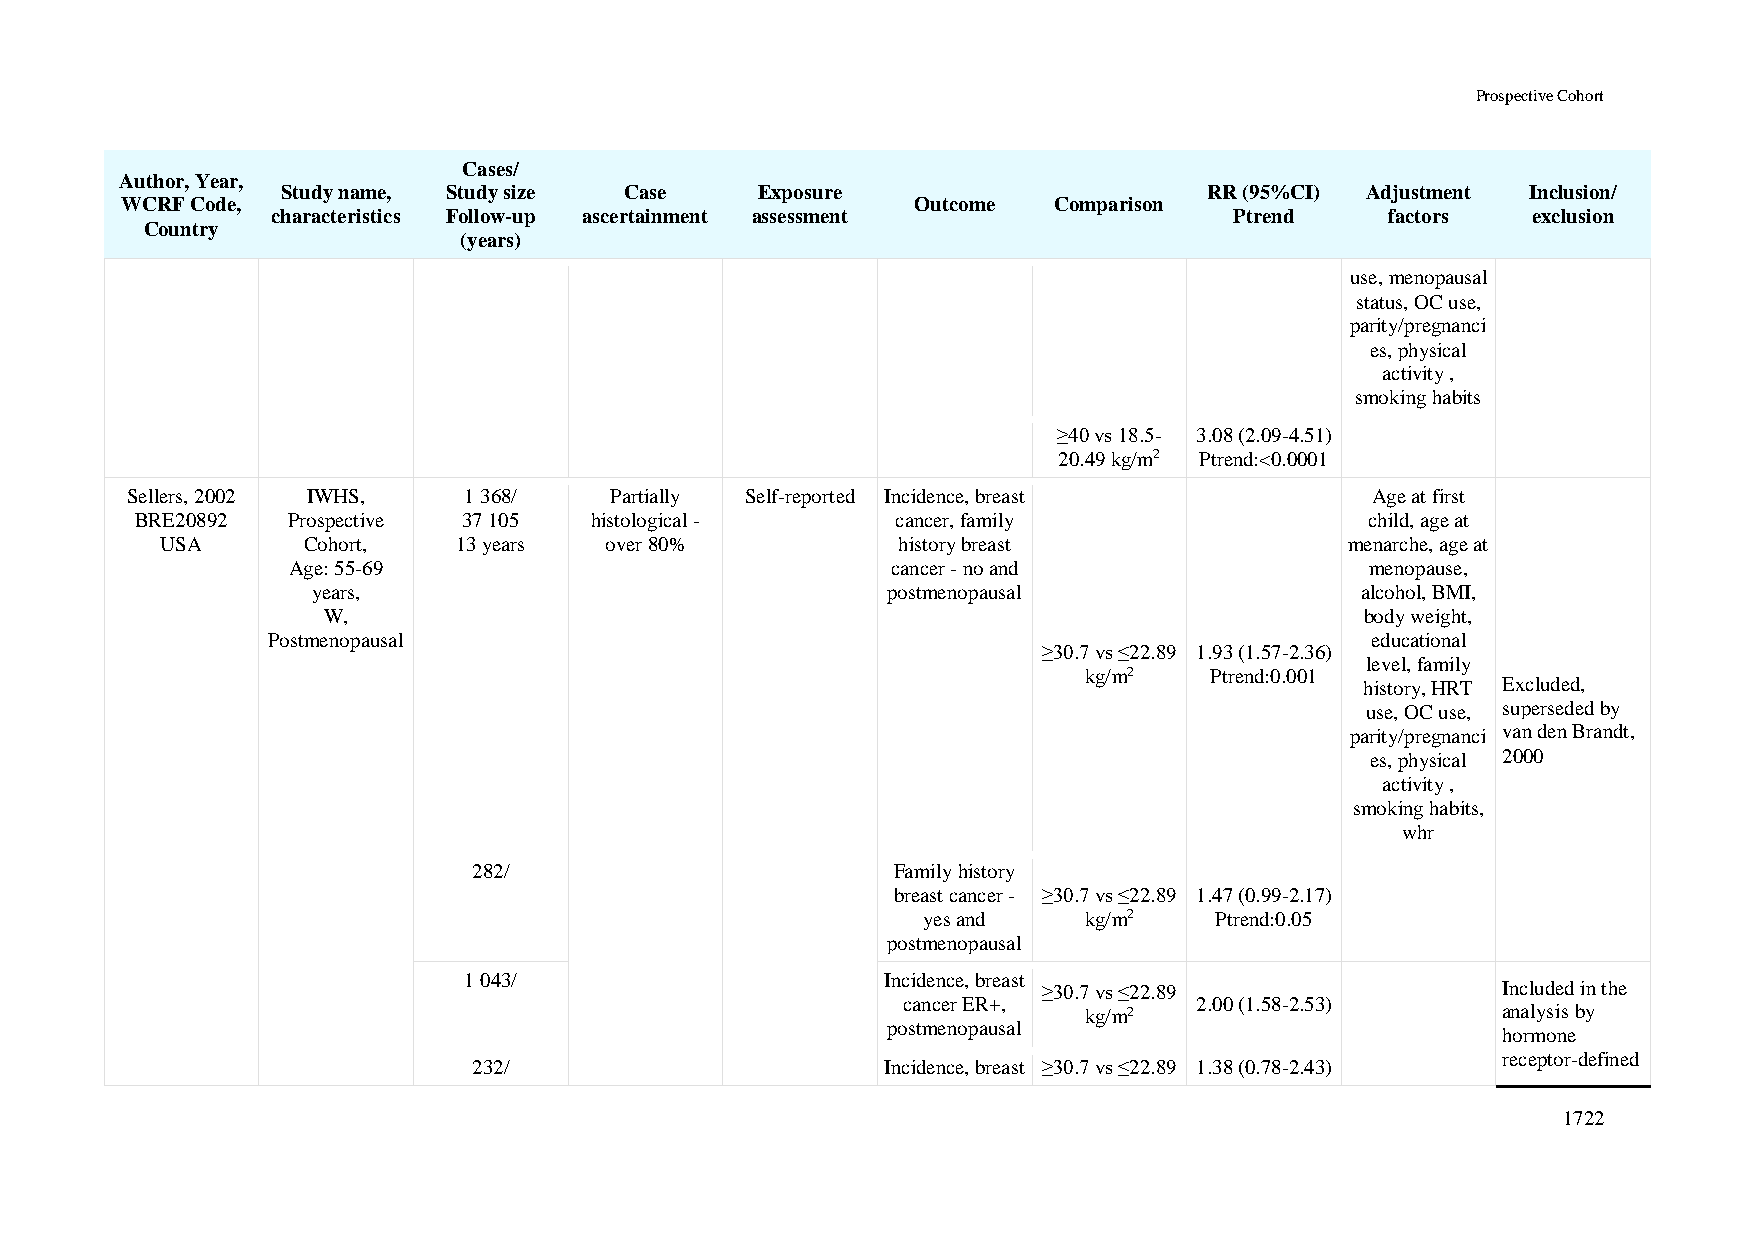
Prospective Cohort
 Cases/
 Author, Year,
 Study name, Study size Case    Exposure                      RR (95%CI) Adjustment Inclusion/
 WCRF Code,                                           Outcome  Comparison
 characteristics Follow-up ascertainment assessment              Ptrend    factors  exclusion
 Country
 (years)
 use, menopausal
 status, OC use,
 parity/pregnanci
 es, physical
 activity ,
 smoking habits
 ≥40 vs 18.5- 3.08 (2.09-4.51)
 20.49 kg/m2 Ptrend:<0.0001
 Sellers, 2002 IWHS,    1 368/   Partially Self-reported Incidence, breast          Age at first
 BRE20892  Prospective 37 105  histological -      cancer, family                  child, age at
 USA      Cohort,   13 years  over 80%           history breast                menarche, age at
 Age: 55-69                              cancer - no and                 menopause,
 years,                                postmenopausal                 alcohol, BMI,
 W,                                                                   body weight,
 Postmenopausal                                                           educational
 ≥30.7 vs ≤22.89 1.93 (1.57-2.36)
 level, family
 kg/m2   Ptrend:0.001
 history, HRT Excluded,
 use, OC use, superseded by
 parity/pregnanci van den Brandt,
 es, physical 2000
 activity ,
 smoking habits,
 whr
 282/                        Family history
 breast cancer - ≥30.7 vs ≤22.89 1.47 (0.99-2.17)
 yes and    kg/m2   Ptrend:0.05
 postmenopausal
 1 043/                      Incidence, breast
 ≥30.7 vs ≤22.89               Included in the
 cancer ER+,        2.00 (1.58-2.53)
 kg/m2                      analysis by
 postmenopausal
 hormone
 receptor-defined
 232/                        Incidence, breast ≥30.7 vs ≤22.89 1.38 (0.78-2.43)
 1722